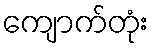
ကျောက်တုံး